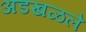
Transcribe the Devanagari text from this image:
अडखळले